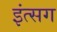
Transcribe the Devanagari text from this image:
इंत्सग